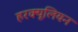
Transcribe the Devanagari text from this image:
हरक्यूलियन